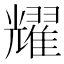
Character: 耀